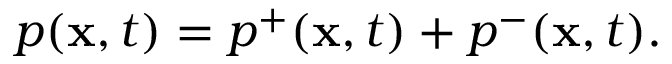
p ( { \bf x } , t ) = p ^ { + } ( { \bf x } , t ) + p ^ { - } ( { \bf x } , t ) .